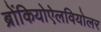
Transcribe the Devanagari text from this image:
ब्रोंकियोऐलवियोलर